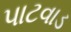
પાટવાડ